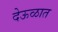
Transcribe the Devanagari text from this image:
देऊळात